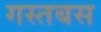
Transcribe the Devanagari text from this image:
गस्तबस